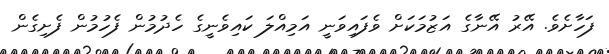
ފަހާށެވެ. އޭރު އޭނާގެ އަޒުމަކަށް ވެފައިވަނީ އަމިއްލަ ކައިވެނީގެ ހެދުމުން ފެހުމުން ފެށިގެން